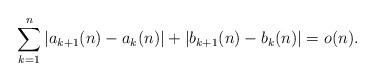
LaTeX: \begin{align*} \sum_{k=1}^n |a_{k+1}(n)-a_k(n)| + |b_{k+1}(n)-b_k(n)| =o(n).\end{align*}